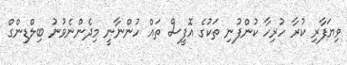
ވިޔަފާރި ކުރާ ހުރިހާ ކުންފުނި ތަކުގެ އޮފީސް ތައް ހުންނާނީ މިދެންނެވުނު ބިލްޑިންގް